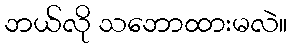
ဘယ်လို သဘောထားမလဲ။